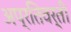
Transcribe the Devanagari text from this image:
अप्रतिवर्ती